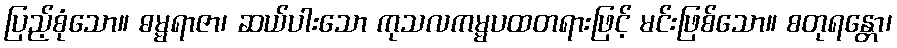
ပြည့်စုံသော။ ဓမ္မရာဇာ၊ ဆယ်ပါးသော ကုသလကမ္မပထတရားဖြင့် မင်းဖြစ်သော။ စတုရန္တော၊